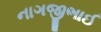
નાગજીભાઈ